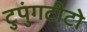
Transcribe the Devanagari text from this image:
टुपुंगटीटो